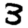
Digit: 3